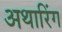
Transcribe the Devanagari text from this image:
अथारिंग